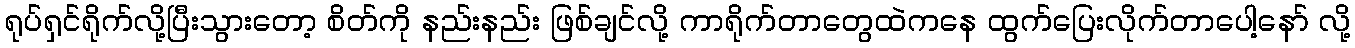
ရုပ်ရှင်ရိုက်လို့ပြီးသွားတော့ စိတ်ကို နည်းနည်း ဖြစ်ချင်လို့ ကာရိုက်တာတွေထဲကနေ ထွက်ပြေးလိုက်တာပေါ့နော် လို့